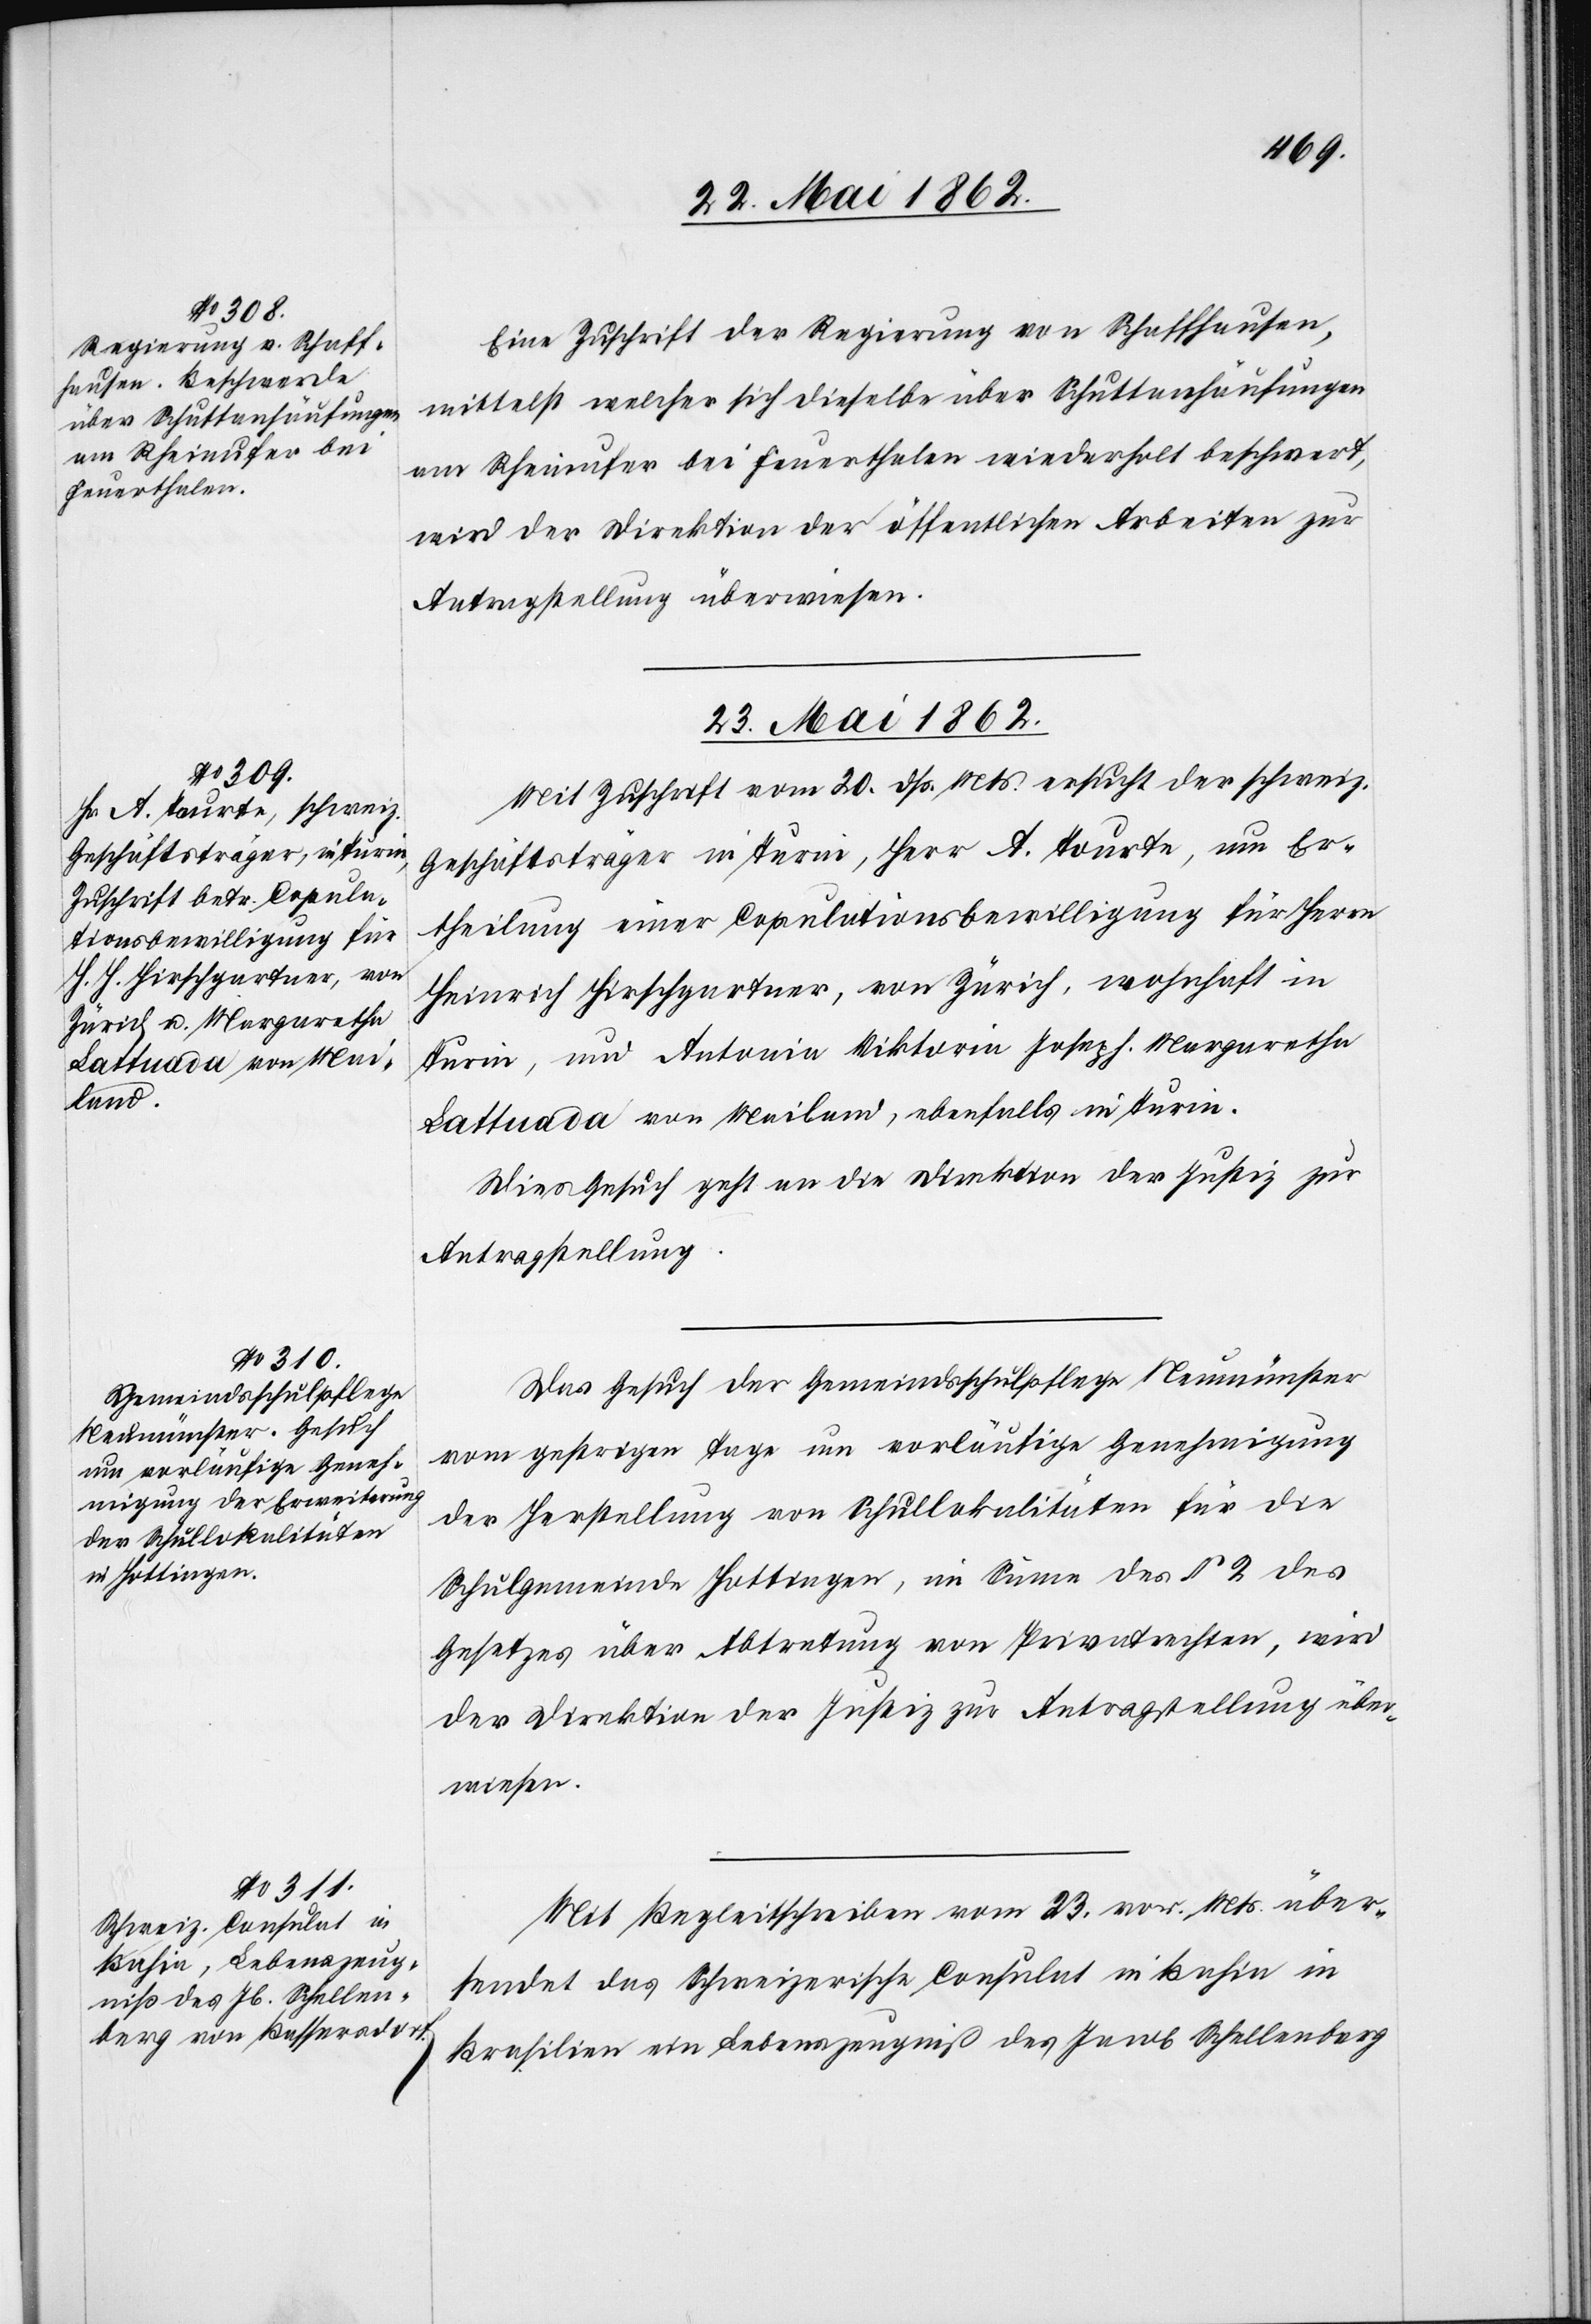
Eine Zuschrift der Regierung von Schaffhausen,
mittelst welcher sich dieselbe über Schuttanhäufungen
am Rheinufer bei Feuerthalen wiederholt beschwert,
wird der Direktion der öffentlichen Arbeiten zur
Antragstellung überwiesen.
23. Mai 1862.]
Mit Zuschrift vom 20. dß. Mts. ersucht der schweiz.
Geschäftsträger in Turin, Herr A. Tourte, um Er¬
theilung einer Copulationsbewilligung für Herrn
Heinrich Hirschgartner, von Zürich, wohnhaft in
Turin, und Antonia Viktoria Joseph. Margaretha
Lattuada von Mailand, ebenfalls in Turin.
Dieses Gesuch geht an die Direktion der Justiz zur
Antragstellung.
Das Gesuch der Gemeindsschulpflege Neumünster
vom gestrigen Tage um vorläufige Genehmigung
der Herstellung von Schullokalitäten für die
Schulgemeinde Hottingen, im Sinne des § 2 des
Gesetzes über Abtretung von Privatrechten, wird
der Direktion der Justiz zur Antragstellung über¬
wiesen.
Mit Begleitschreiben vom 23. vor. Mts. über¬
sendet das Schweizerische Consulat in Bahia in
Brasilien ein Lebenszeugniß des Jacob Schellenberg